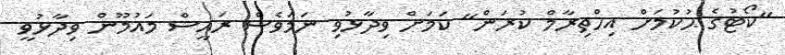
"ކޯޓުގެ ޙުކުމަށް އިހްތިރާމް ކުރަން" ކަމަށް ވިދާޅުވި ނަމަވެސް ރައީސް މައުމޫން ވިދާޅުވީ